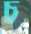
চ